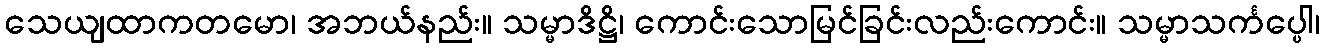
သေယျထာကတမော၊ အဘယ်နည်း။ သမ္မာဒိဋ္ဌိ၊ ကောင်းသောမြင်ခြင်းလည်းကောင်း။ သမ္မာသင်္ကပ္ပေါ၊